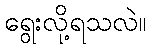
ရွေးလို့ရသလဲ။